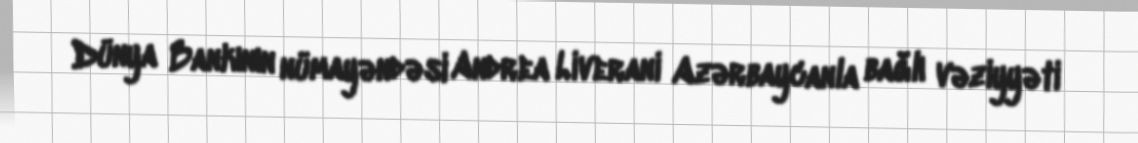
Dünya Bankının nümayəndəsi Andrea Liverani Azərbaycanla bağlı vəziyyəti